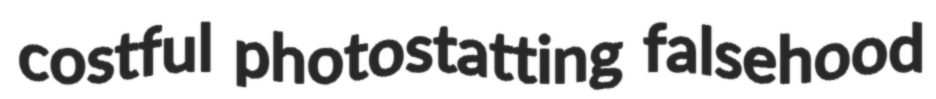
costful photostatting falsehood